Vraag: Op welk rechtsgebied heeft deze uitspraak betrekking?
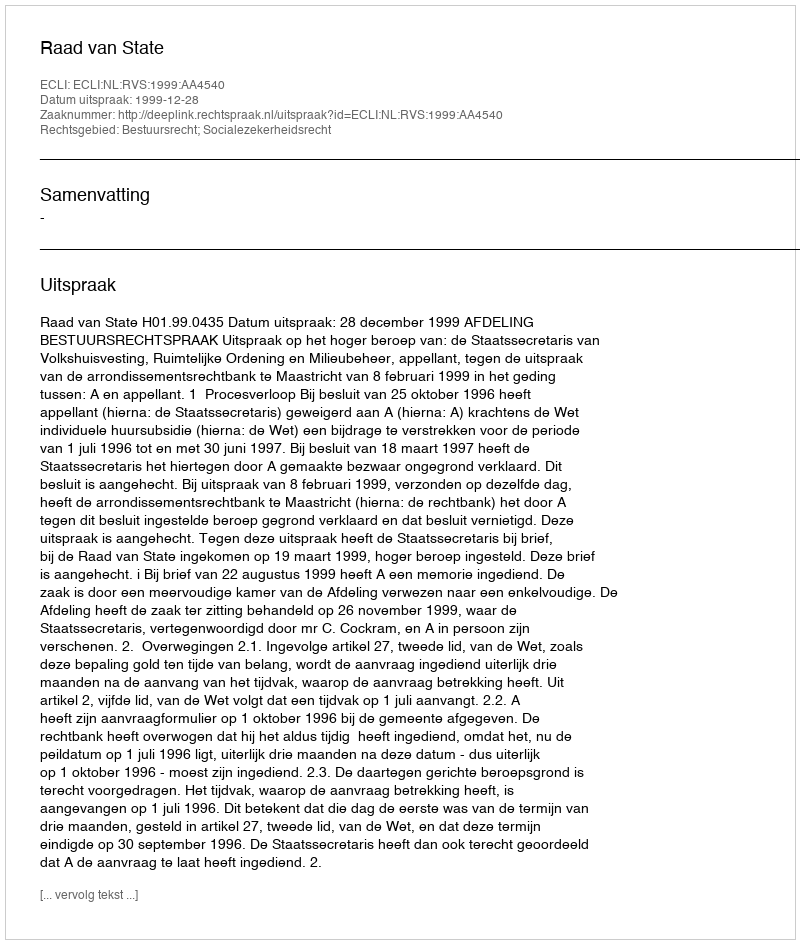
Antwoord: Bestuursrecht; Socialezekerheidsrecht